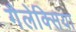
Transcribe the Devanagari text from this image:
गैलेक्सिया